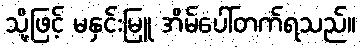
သို့ဖြင့် မနှင်းမြူ အိမ်ပေါ်တက်ရသည်။